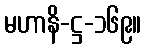
မဟာနိ-ဋ္ဌ-၁၆၉။